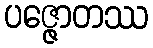
ပဇ္ဇောတဿ